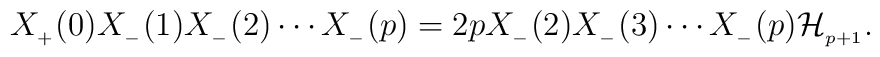
X_{_{+}}(0)X_{_{-}}(1)X_{_{-}}(2) \cdots X_{_{-}}(p)=2pX_{_{-}}(2)X_{_{-}}(3) \cdots X_{_{-}}(p){\cal H}_{_{p+1}}.